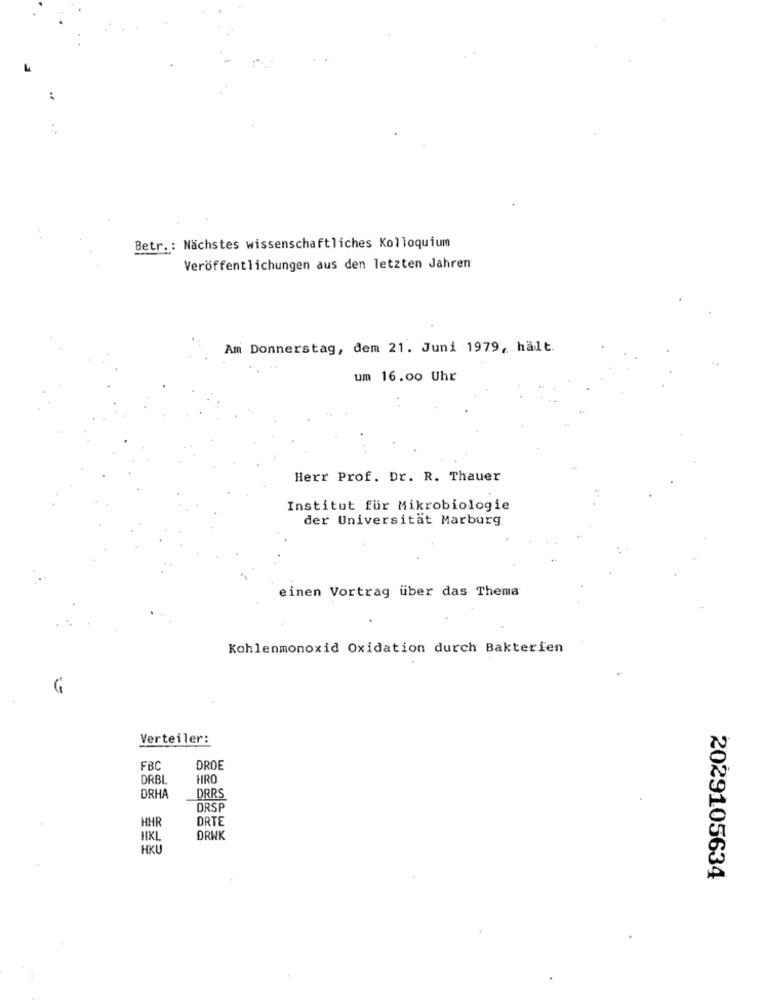
Betr .: Nächstes wissenschaftliches Kolloquium
Veröffentlichungen aus den letzten Jahren
Am Donnerstag, dem 21. Juni 1979, hält.
um 16.00 Uhr
Herr Prof. Dr. R. Thauer
Institut für Mikrobiologie
der Universität Marburg
einen Vortrag über das Thema
Kohlenmonoxid Oxidation durch Bakterien
Verteiler:
FB
DROE
DRBL
HRO
DRHA
DRRS
DRSP
HHR
DRTE
HXL
DRWK
HKU
2029105634